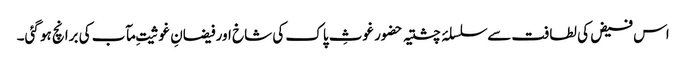
اس فیض کی لطافت سے سلسلۂ چشتیہ حضور غوثِ پاک کی شاخ اور فیضانِ غوثیتِ مآب کی برانچ ہو گئی۔